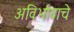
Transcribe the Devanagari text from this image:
अविर्भावाचे